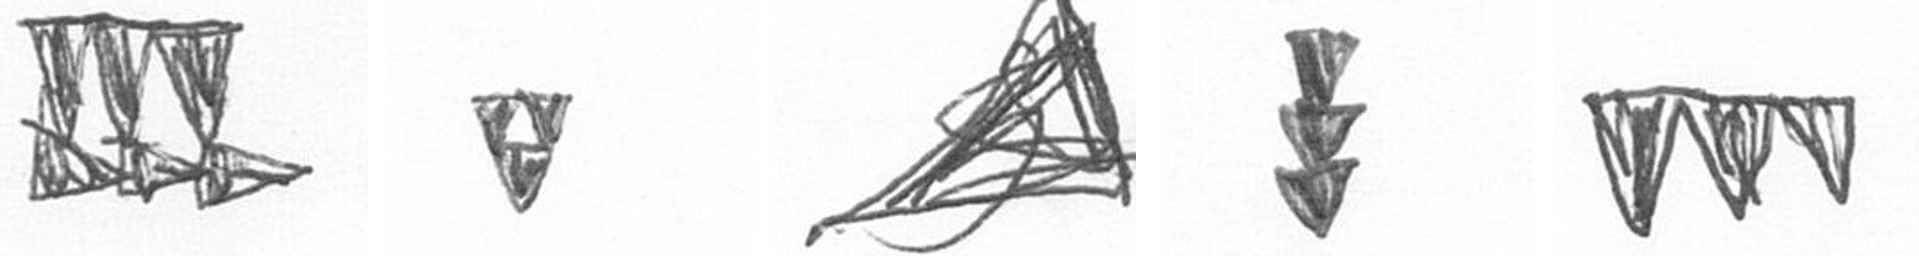
D S O E L